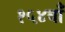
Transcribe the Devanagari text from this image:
१५४वाँ